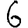
Digit: 6